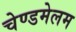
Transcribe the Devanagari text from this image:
चेण्डमेलम